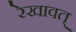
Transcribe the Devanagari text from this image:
रेखावत्‌